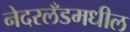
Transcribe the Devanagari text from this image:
नेदरलँडमधील